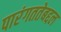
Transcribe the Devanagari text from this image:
पारंगततेबद्दल